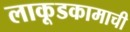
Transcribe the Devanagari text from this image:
लाकूडकामाची